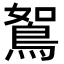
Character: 鴽